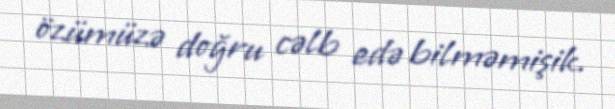
özümüzə doğru cəlb edə bilməmişik.